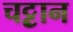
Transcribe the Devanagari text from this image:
चट्ट़ान